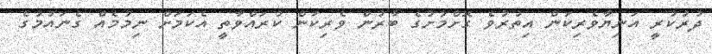
ދުރުކުރީ އަނިޔާވެރިކަން އިތުރުވެ ގޮށްމުށުގެ ބާރުން ވެރިކަން ކުރައްވާތީ އެކަމަށް ނިމުމެއް ގެނައުމުގެ